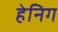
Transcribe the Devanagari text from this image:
हेनिग